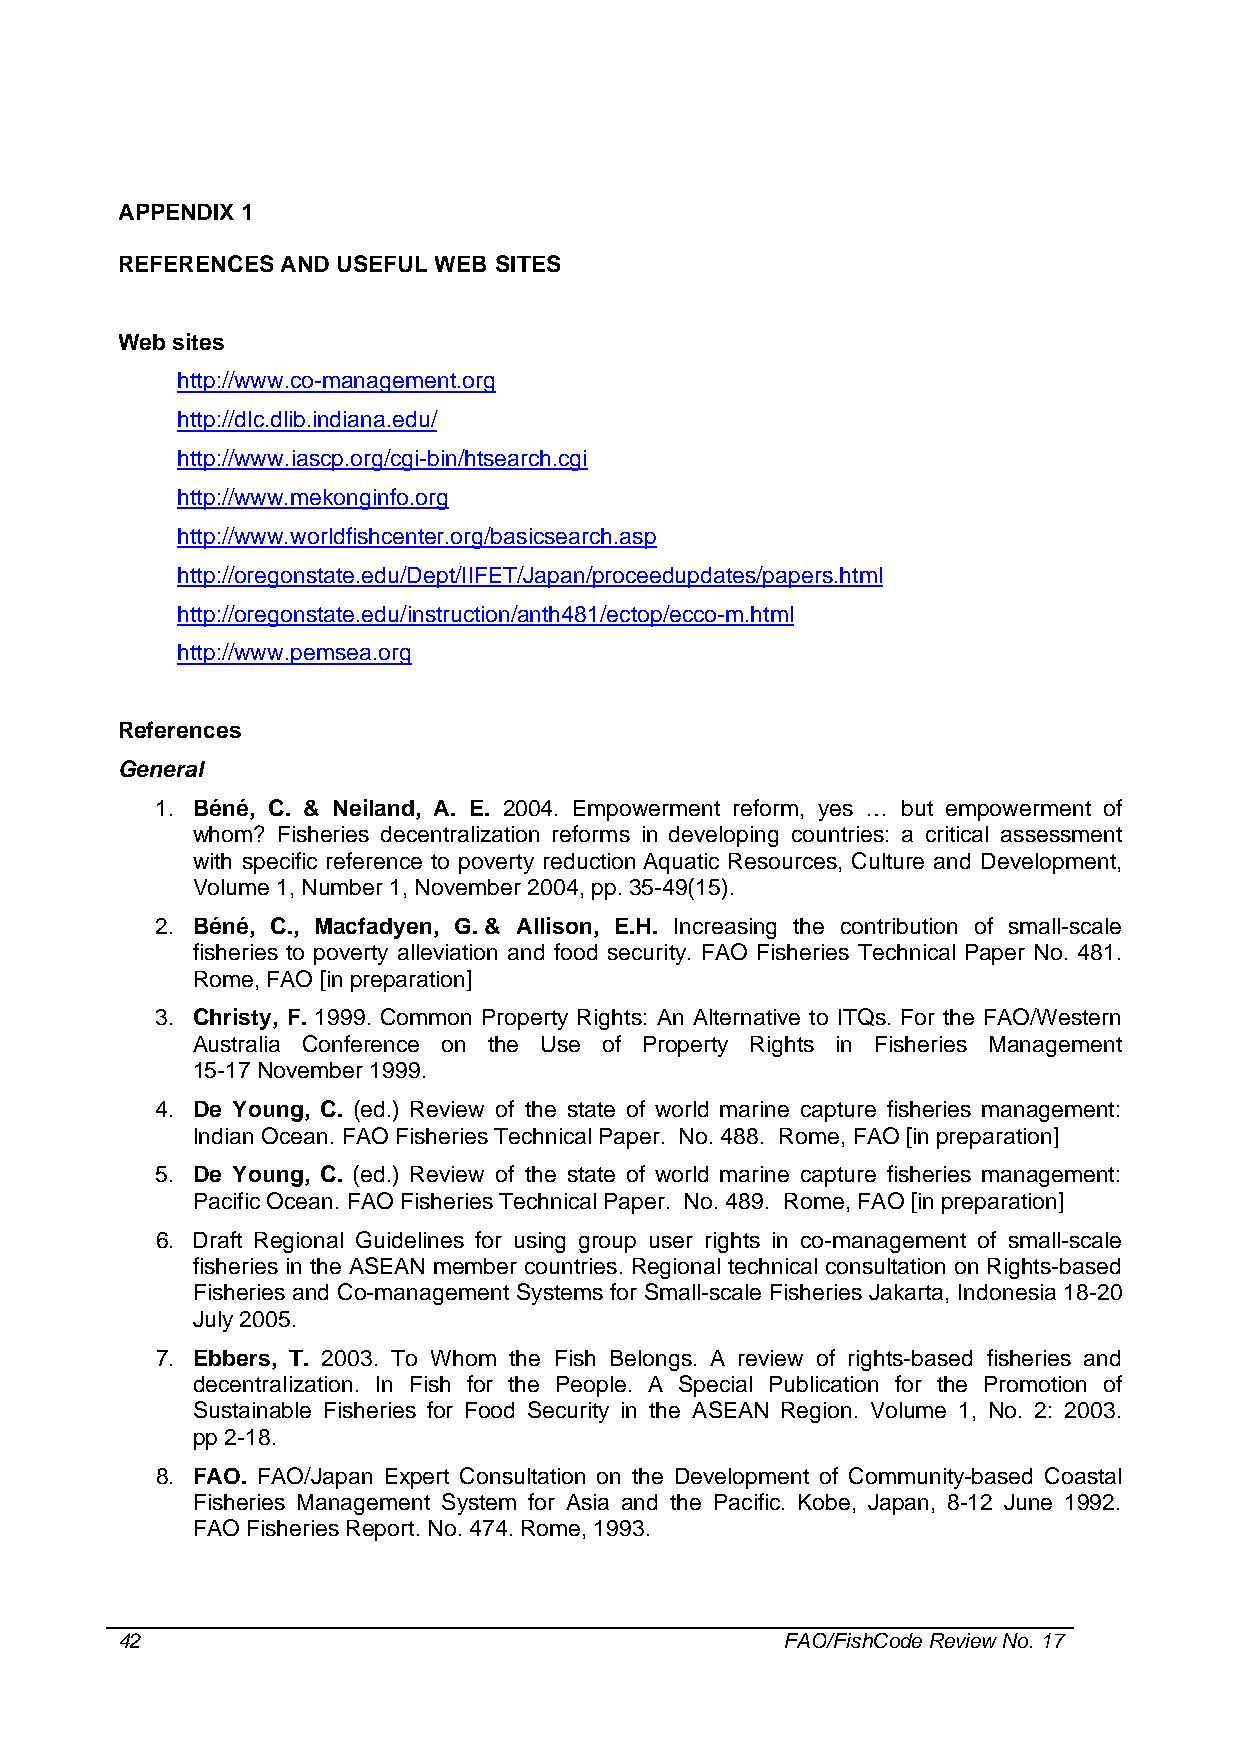
APPENDIX 1
 REFERENCES AND USEFUL WEB SITES
 Web sites
 http://www.co-management.org
 http://dlc.dlib.indiana.edu/
 http://www.iascp.org/cgi-bin/htsearch.cgi
 http://www.mekonginfo.org
 http://www.worldfishcenter.org/basicsearch.asp
 http://oregonstate.edu/Dept/IIFET/Japan/proceedupdates/papers.html
 http://oregonstate.edu/instruction/anth481/ectop/ecco-m.html
 http://www.pemsea.org
 References
 General
 1. Béné, C. & Neiland, A. E. 2004. Empowerment reform, yes … but empowerment of
 whom? Fisheries decentralization reforms in developing countries: a critical assessment
 with specific reference to poverty reduction Aquatic Resources, Culture and Development,
 Volume 1, Number 1, November 2004, pp. 35-49(15).
 2. Béné, C., Macfadyen, G. & Allison, E.H. Increasing the contribution of small-scale
 fisheries to poverty alleviation and food security. FAO Fisheries Technical Paper No. 481.
 Rome, FAO [in preparation]
 3. Christy, F. 1999. Common Property Rights: An Alternative to ITQs. For the FAO/Western
 Australia Conference on the Use of Property Rights in Fisheries Management
 15-17 November 1999.
 4. De Young, C. (ed.) Review of the state of world marine capture fisheries management:
 Indian Ocean. FAO Fisheries Technical Paper. No. 488. Rome, FAO [in preparation]
 5. De Young, C. (ed.) Review of the state of world marine capture fisheries management:
 Pacific Ocean. FAO Fisheries Technical Paper. No. 489. Rome, FAO [in preparation]
 6. Draft Regional Guidelines for using group user rights in co-management of small-scale
 fisheries in the ASEAN member countries. Regional technical consultation on Rights-based
 Fisheries and Co-management Systems for Small-scale Fisheries Jakarta, Indonesia 18-20
 July 2005.
 7. Ebbers, T. 2003. To Whom the Fish Belongs. A review of rights-based fisheries and
 decentralization. In Fish for the People. A Special Publication for the Promotion of
 Sustainable Fisheries for Food Security in the ASEAN Region. Volume 1, No. 2: 2003.
 pp 2-18.
 8. FAO. FAO/Japan Expert Consultation on the Development of Community-based Coastal
 Fisheries Management System for Asia and the Pacific. Kobe, Japan, 8-12 June 1992.
 FAO Fisheries Report. No. 474. Rome, 1993.
 42                                          FAO/FishCode Review No. 17